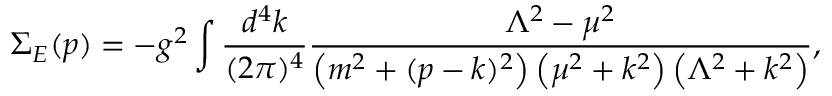
\Sigma _ { E } ( p ) = - g ^ { 2 } \int \frac { d ^ { 4 } k } { ( 2 \pi ) ^ { 4 } } \frac { \Lambda ^ { 2 } - \mu ^ { 2 } } { \left( m ^ { 2 } + ( p - k ) ^ { 2 } \right) \left( \mu ^ { 2 } + k ^ { 2 } \right) \left( \Lambda ^ { 2 } + k ^ { 2 } \right) } ,